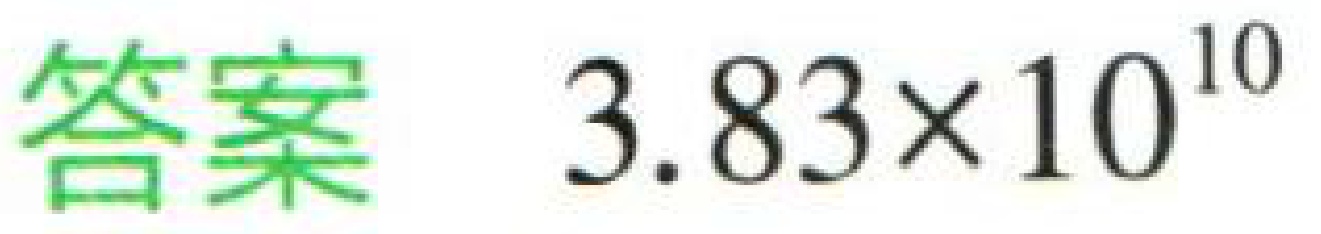
答案 \(3.83\times10^{10}\)